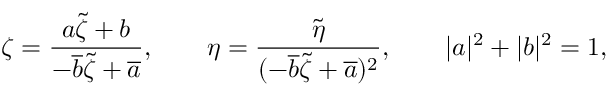
\zeta = \frac { a \tilde { \zeta } + b } { - \overline { { { b } } } \tilde { \zeta } + \overline { { { a } } } } , \qquad \eta = \frac { \tilde { \eta } } { ( - \overline { { { b } } } \tilde { \zeta } + \overline { { { a } } } ) ^ { 2 } } , \qquad | a | ^ { 2 } + | b | ^ { 2 } = 1 ,